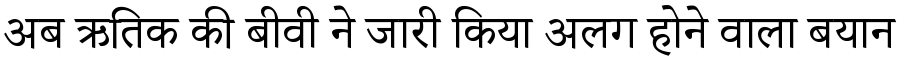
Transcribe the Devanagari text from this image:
अब ऋतिक की बीवी ने जारी किया अलग होने वाला बयान